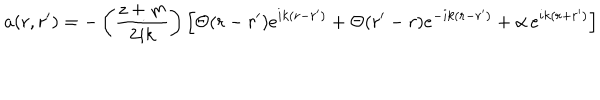
LaTeX: a ( r , r ^ { \prime } ) = - \left( \frac { z + m } { 2 i k } \right) \left[ \Theta ( r - r ^ { \prime } ) e ^ { i k ( r - r ^ { \prime } ) } + \Theta ( r ^ { \prime } - r ) e ^ { - i k ( r - r ^ { \prime } ) } + \alpha \, e ^ { i k ( r + r ^ { \prime } ) } \right]